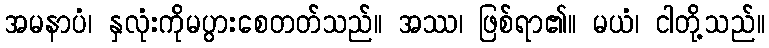
အမနာပံ၊ နှလုံးကိုမပွားစေတတ်သည်။ အဿ၊ ဖြစ်ရာ၏။ မယံ၊ ငါတို့သည်။